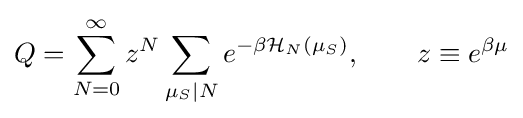
Q=\sum _{N=0}^{\infty }z^{N}\sum _{\mu _{S}|N}e^{-\beta {\mathcal {H}}_{N}(\mu _{S})},\qquad z\equiv e^{\beta \mu }